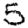
Digit: 5